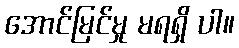
အောင်မြင်မှု မရရှိ ပါ။